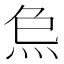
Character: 𤇗